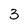
Character: 3